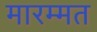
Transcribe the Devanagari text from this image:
मारम्मत